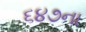
૬૪૭ના